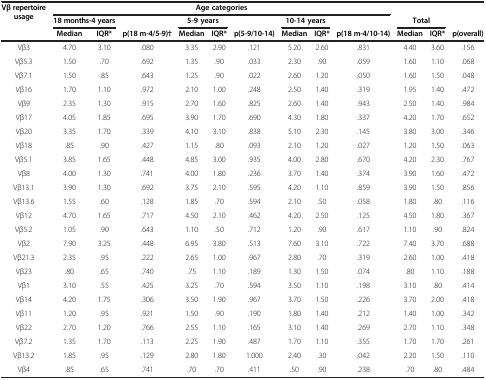
<table><thead><tr><td rowspan="2"><b>Vβ repertoire usage</b></td><td colspan="9"><b>Age categories</b></td><td><b> </b></td><td><b> </b></td><td><b> </b></td></tr><tr><td colspan="2"><b>18 months-4 years</b></td><td><b> </b></td><td colspan="2"><b>5-9 years</b></td><td><b> </b></td><td colspan="2"><b>10-14 years</b></td><td><b> </b></td><td colspan="2"><b>Total</b></td><td><b> </b></td></tr><tr><td><b> </b></td><td><b>Median</b></td><td><b>IQR*</b></td><td><b>p(18 m-4/5-9)†</b></td><td><b>Median</b></td><td><b>IQR*</b></td><td><b>p(5-9/10-14)</b></td><td><b>Median</b></td><td><b>IQR*</b></td><td><b>p(18 m-4/10-14)</b></td><td><b>Median</b></td><td><b>IQR*</b></td><td><b>p(overall)</b></td></tr></thead><tbody><tr><td>Vβ3</td><td>4.70</td><td>3.10</td><td>.080</td><td>3.35</td><td>2.90</td><td>.121</td><td>5.20</td><td>2.60</td><td>.831</td><td>4.40</td><td>3.60</td><td>.156</td></tr><tr><td>Vβ5.3</td><td>1.50</td><td>.70</td><td>.692</td><td>1.35</td><td>.90</td><td>.033</td><td>2.30</td><td>.90</td><td>.059</td><td>1.60</td><td>1.10</td><td>.068</td></tr><tr><td>Vβ7.1</td><td>1.50</td><td>.85</td><td>.643</td><td>1.25</td><td>.90</td><td>.022</td><td>2.60</td><td>1.20</td><td>.050</td><td>1.60</td><td>1.50</td><td>.048</td></tr><tr><td>Vβ16</td><td>1.70</td><td>1.10</td><td>.972</td><td>2.10</td><td>1.00</td><td>.248</td><td>2.50</td><td>1.40</td><td>.319</td><td>1.95</td><td>1.40</td><td>.472</td></tr><tr><td>Vβ9</td><td>2.35</td><td>1.30</td><td>.915</td><td>2.70</td><td>1.60</td><td>.825</td><td>2.60</td><td>1.40</td><td>.943</td><td>2.50</td><td>1.40</td><td>.984</td></tr><tr><td>Vβ17</td><td>4.05</td><td>1.85</td><td>.695</td><td>3.90</td><td>1.70</td><td>.690</td><td>4.30</td><td>1.80</td><td>.337</td><td>4.20</td><td>1.70</td><td>.652</td></tr><tr><td>Vβ20</td><td>3.35</td><td>1.70</td><td>.339</td><td>4.10</td><td>3.10</td><td>.838</td><td>5.10</td><td>2.30</td><td>.145</td><td>3.80</td><td>3.00</td><td>.346</td></tr><tr><td>Vβ18</td><td>.85</td><td>.90</td><td>.427</td><td>1.15</td><td>.80</td><td>.093</td><td>2.10</td><td>1.20</td><td>.027</td><td>1.20</td><td>1.50</td><td>.063</td></tr><tr><td>Vβ5.1</td><td>3.85</td><td>1.65</td><td>.448</td><td>4.85</td><td>3.00</td><td>.935</td><td>4.00</td><td>2.80</td><td>.670</td><td>4.20</td><td>2.30</td><td>.767</td></tr><tr><td>Vβ8</td><td>4.00</td><td>1.30</td><td>.741</td><td>4.00</td><td>1.80</td><td>.236</td><td>3.70</td><td>1.40</td><td>.374</td><td>3.90</td><td>1.60</td><td>.472</td></tr><tr><td>Vβ13.1</td><td>3.90</td><td>1.30</td><td>.692</td><td>3.75</td><td>2.10</td><td>.595</td><td>4.20</td><td>1.10</td><td>.859</td><td>3.90</td><td>1.50</td><td>.856</td></tr><tr><td>Vβ13.6</td><td>1.55</td><td>.60</td><td>.128</td><td>1.85</td><td>.70</td><td>.594</td><td>2.10</td><td>.50</td><td>.058</td><td>1.80</td><td>.80</td><td>.116</td></tr><tr><td>Vβ12</td><td>4.70</td><td>1.65</td><td>.717</td><td>4.50</td><td>2.10</td><td>.462</td><td>4.20</td><td>2.50</td><td>.125</td><td>4.50</td><td>1.80</td><td>.367</td></tr><tr><td>Vβ5.2</td><td>1.05</td><td>.90</td><td>.643</td><td>1.10</td><td>.50</td><td>.712</td><td>1.20</td><td>.90</td><td>.617</td><td>1.10</td><td>.90</td><td>.824</td></tr><tr><td>Vβ2</td><td>7.90</td><td>3.25</td><td>.448</td><td>6.95</td><td>3.80</td><td>.513</td><td>7.60</td><td>3.10</td><td>.722</td><td>7.40</td><td>3.70</td><td>.688</td></tr><tr><td>Vβ21.3</td><td>2.35</td><td>.95</td><td>.222</td><td>2.65</td><td>1.00</td><td>.967</td><td>2.80</td><td>.70</td><td>.319</td><td>2.60</td><td>1.00</td><td>.418</td></tr><tr><td>Vβ23</td><td>.80</td><td>.65</td><td>.740</td><td>.75</td><td>1.10</td><td>.189</td><td>1.30</td><td>1.50</td><td>.074</td><td>.80</td><td>1.10</td><td>.188</td></tr><tr><td>Vβ1</td><td>3.10</td><td>.55</td><td>.425</td><td>3.25</td><td>.70</td><td>.594</td><td>3.50</td><td>1.10</td><td>.198</td><td>3.10</td><td>.80</td><td>.414</td></tr><tr><td>Vβ14</td><td>4.20</td><td>1.75</td><td>.306</td><td>3.50</td><td>1.90</td><td>.967</td><td>3.70</td><td>1.50</td><td>.226</td><td>3.70</td><td>2.00</td><td>.418</td></tr><tr><td>Vβ11</td><td>1.20</td><td>.95</td><td>.921</td><td>1.50</td><td>.90</td><td>.190</td><td>1.80</td><td>1.40</td><td>.212</td><td>1.40</td><td>1.00</td><td>.342</td></tr><tr><td>Vβ22</td><td>2.70</td><td>1.20</td><td>.766</td><td>2.55</td><td>1.10</td><td>.165</td><td>3.10</td><td>1.40</td><td>.269</td><td>2.70</td><td>1.10</td><td>.348</td></tr><tr><td>Vβ7.2</td><td>1.35</td><td>1.70</td><td>.113</td><td>2.25</td><td>1.90</td><td>.487</td><td>1.70</td><td>1.10</td><td>.355</td><td>1.70</td><td>1.70</td><td>.261</td></tr><tr><td>Vβ13.2</td><td>1.85</td><td>.95</td><td>.129</td><td>2.80</td><td>1.80</td><td>1.000</td><td>2.40</td><td>.30</td><td>.042</td><td>2.20</td><td>1.50</td><td>.110</td></tr><tr><td>Vβ4</td><td>.85</td><td>.65</td><td>.741</td><td>.70</td><td>.70</td><td>.411</td><td>.50</td><td>.90</td><td>.238</td><td>.70</td><td>.80</td><td>.484</td></tr></tbody></table>